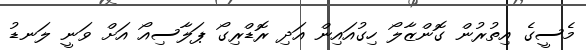
މެސީގެ އިތުރުން ގޮންޒާލޯ ހިގުއައިން އަދި ރޮޑްރިގޯ ޕަލާސިއޯ އަށް ވަނީ ލަނޑު